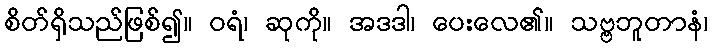
စိတ်ရှိသည်ဖြစ်၍။ ဝရံ၊ ဆုကို။ အဒဒါ၊ ပေးလေ၏။ သဗ္ဗဘူတာနံ၊